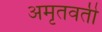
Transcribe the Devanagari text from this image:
अमृतवती